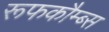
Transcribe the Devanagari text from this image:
रूफकौम्ब्स